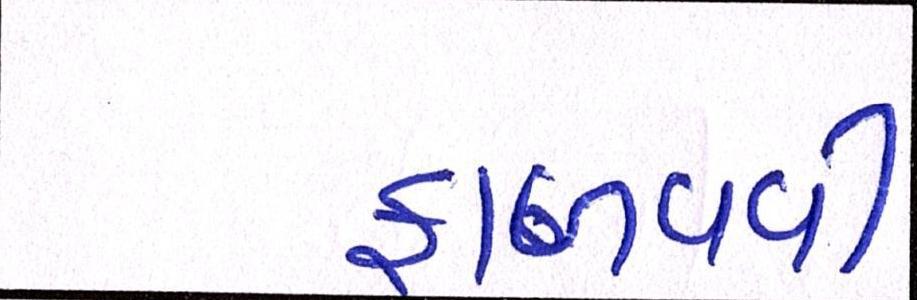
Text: ફાળવવી